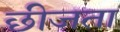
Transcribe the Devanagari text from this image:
छीजता